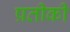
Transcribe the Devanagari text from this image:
प्रतीकी